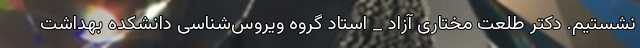
نشستیم. دکتر طلعت مختاری آزاد _ استاد گروه ویروس‌شناسی دانشکده بهداشت